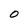
Character: O